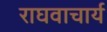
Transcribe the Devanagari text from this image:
राघवाचार्य